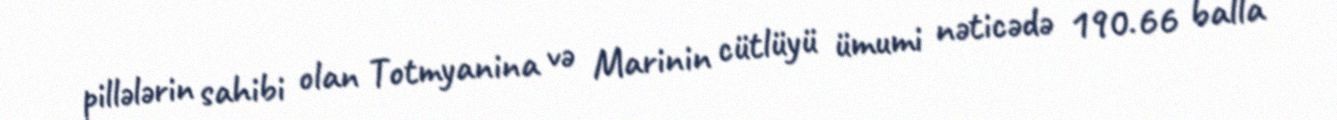
pillələrin sahibi olan Totmyanina və Marinin cütlüyü ümumi nəticədə 190.66 balla